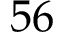
5 6